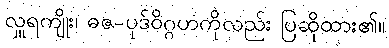
လှူရကျိုး၊ ဓဇ-ပုဒ်ဝိဂ္ဂဟကိုလည်း ပြဆိုထား၏။